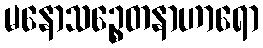
မနောသဉ္စေတနာဟာရော